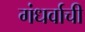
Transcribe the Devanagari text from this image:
गंधर्वाची